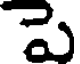
పె